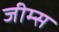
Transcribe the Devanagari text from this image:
जीम्स